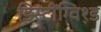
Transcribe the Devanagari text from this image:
डिस्टींग्विश्ड